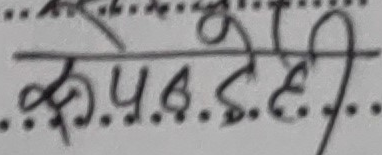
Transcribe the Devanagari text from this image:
कु.य.इ.टी.